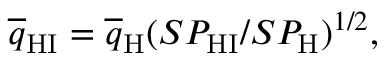
\overline { { q } } _ { \mathrm { H I } } = \overline { { q } } _ { \mathrm { H } } ( S P _ { \mathrm { H I } } / S P _ { \mathrm { H } } ) ^ { 1 / 2 } ,